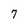
Character: 7